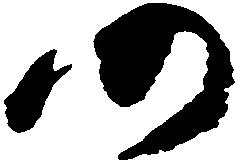
仍